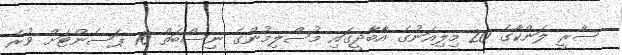
ސްރީ ލަންކާގެ 20 މިލިއަނުގެ އާބާދީގައި މުސްލިމުންގެ ނިސްބަތް 10 ޕަސެންޓަށް ވުރެ